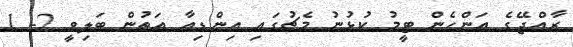
ރާއްޖޭގެ އަންހެން ޓީމު ކުޅުނު މެޗުގައި އިންޑިއާ އަތުން ބަލިވީ 2- 1